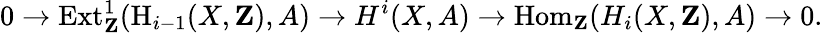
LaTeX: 0\to\operatorname{Ext}_{\mathbf{Z}}^{1}(\operatorname{H}_{i-1}(X,\mathbf{Z}),A)\to H^{i}(X,A)\to\operatorname{Hom}_{\mathbf{Z}}(H_{i}(X,\mathbf{Z}),A)\to 0.